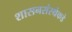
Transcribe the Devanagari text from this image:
शासनसंस्थेकडे